Insane asylums in Bengal annual reports 1876-1887 - 1876-1887
Year: 1876
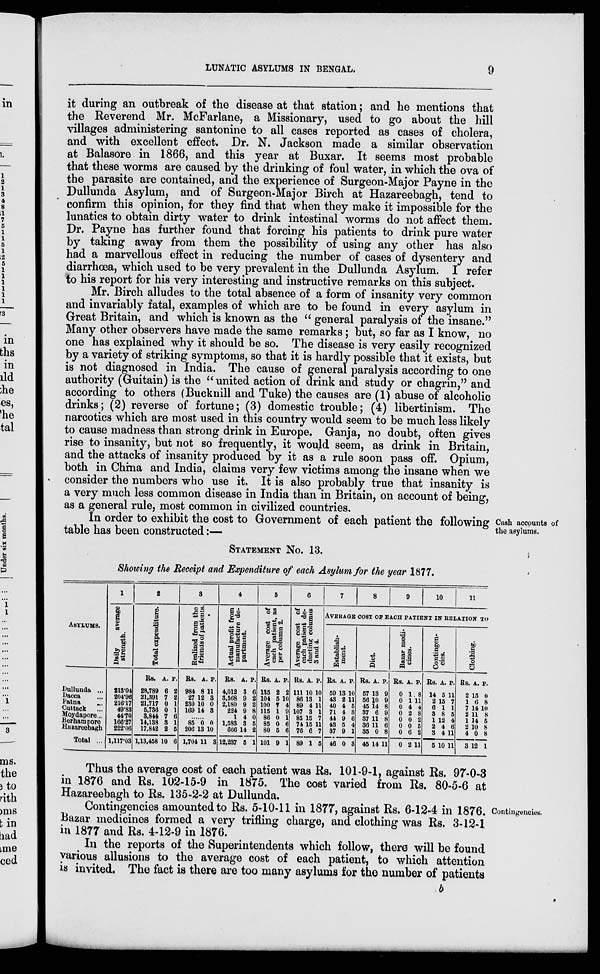
LUNATIC ASYLUMS IN BENGAL.
9
it during an outbreak of the disease at that station; and he mentions that
the Reverend Mr. McFarlane, a Missionary, used to go about the hill
villages administering santonine to all cases reported as cases of cholera,
and with excellent effect. Dr. N. Jackson made a similar observation
at Balasore in 1866, and this year at Buxar. It seems most probable
that these worms are caused by the drinking of foul water, in which the ova of
the parasite are contained, and the experience of Surgeon-Major Payne in the
Dullunda Asylum, and of Surgeon-Major Birch at Hazareebagh, tend to
confirm this opinion, for they find that when they make it impossible for the
lunatics to obtain dirty water to drink intestinal worms do not affect them.
Dr. Payne has further found that forcing his patients to drink pure water
by taking away from them the possibility of using any other has also
had a marvellous effect in reducing the number of cases of dysentery and
diarrhœa, which used to be very prevalent in the Dullunda Asylum. I refer
to his report for his very interesting and instructive remarks on this subject.
Mr. Birch alludes to the total absence of a form of insanity very common
and invariably fatal, examples of which are to be found in every asylum in
Great Britain, and which is known as the " general paralysis of the insane."
Many other observers have made the same remarks ; but, so far as I know, no
one has explained why it should be so. The disease is very easily recognized
by a variety of striking symptoms, so that it is hardly possible that it exists, but
is not diagnosed in India. The cause of general paralysis according to one
authority (Guitain) is the " united action of drink and study or chagrin," and
according to others (Bucknill and Tuke) the causes are (1) abuse of alcoholic
drinks; (2) reverse of fortune; (3) domestic trouble; (4) libertinism. The
narcotics which are most used in this country would seem to be much less likely
to cause madness than strong drink in Europe. Ganja, no doubt, often gives
rise to insanity, but not so frequently, it would seem, as drink in Britain,
and the attacks of insanity produced by it as a rule soon pass off. Opium,
both in China and India, claims very few victims among the insane when we
consider the numbers who use it. It is also probably true that insanity is
a very much less common disease in India than in Britain, on account of being,
as a general rule, most common in civilized countries.
Cash accounts of
the asylums.
In order to exhibit the cost to Government of each patient the following
table has been constructed:—
STATEMENT No. 13.
Showing the Receipt and Expenditure of each Asylum for the year 1877.
ASYLUMS.
Dullunda ...
Dacca ...
Patna ...
Cuttack ...
Moydapore ...
Berhampore
Hazareebagh
Total ...
1
Daily
average
strength.
213.04
204.96
216.17
49.83
44.70
166.27
222.06
1,117.03
2
Total expenditure.
Rs.
28,789
21,391
21,717
5,736
3,844
14,138
17,842
1,13,458
A.
6
7
0
0
7
3
2
10
P.
2
2
1
1
6
1
5
6
3
Realized from the
friends of patients.
Rs.
984
27
230
169
A.
8
12
10
14
P.
11
3
0
3
......
85
206
1,704
0
13
11
0
10
3
4
Actual profit from
manufacture de-
partment.
Rs.
4,012
3,568
2,180
224
1
1,583
666
12,237
A.
3
9
9
9
4
3
14
5
P.
6
2
2
8
0
5
2
1
5
Average cost of
each patient, as
per column 2.
Rs.
135
104
100
115
86
85
80
101
A.
2
5
7
1
0
0
5
9
P.
2
10
4
9
1
6
6
1
6
Average cost of
each patient de-
ducting columns
3 and 4.
Rs.
111
86
89
107
85
74
76
89
A.
10
13
4
3
15
15
6
1
P.
10
1
11
1
7
11
7
5
7
8
9
10
11
AVERAGE COST OF EACH PATIENT IN RELATION TO
Establish-
ment.
Rs.
59
43
40
71
44
43
37
46
A.
13
2
4
4
9
5
9
0
P.
10
11
5
3
6
4
1
3
Diet.
Rs.
57
56
45
37
37
36
35
45
A.
13
10
14
6
11
11
0
14
P.
9
9
8
9
8
6
8
11
Bazar medi-
cines.
Rs.
0
0
0
0
0
0
0
0
A.
1
1
4
2
0
0
6
2
P.
8
11
4
8
2
5
2
11
Contingen-
cies.
Rs.
14
2
6
3
1
2
3
5
A.
5
15
1
8
12
4
4
10
P.
11
7
1
5
4
6
11
11
Clothing.
Rs.
2
1
7
2
1
2
4
3
A.
15
6
14
11
14
10
0
12
P.
0
8
10
8
5
8
8
1
Thus the average cost of each patient was Rs. 101-9-1, against Rs. 97-0-3
in 1876 and Rs. 102-15-9 in 1875. The cost varied from Rs. 80-5-6 at
Hazareebagh to Rs. 135-2-2 at Dullunda.
Contingencies.
Contingencies amounted to Rs. 5-10-11 in 1877, against Rs. 6-12-4 in 1876.
Bazar medicines formed a very trifling charge, and clothing was Rs. 3-12-1
in 1877 and Rs. 4-12-9 in 1876.
In the reports of the Superintendents which follow, there will be found
various allusions to the average cost of each patient, to which attention
is invited. The fact is there are too many asylums for the number of patients
b